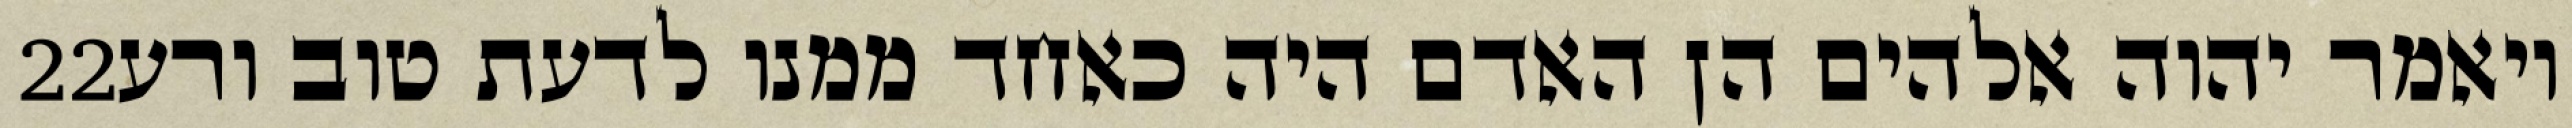
‎22‏ ויאמר יהוה אלהים הן האדם היה כאחד ממנו לדעת טוב ורע